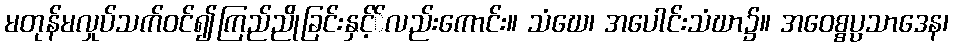
မတုန်မလှုပ်သက်ဝင်၍ကြည်ညိုခြင်းနှင့််လည်းကောင်း။ သံဃေ၊ အပေါင်းသံဃာ၌။ အဝေစ္စပ္ပသာဒေန၊